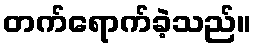
တက်ရောက်ခဲ့သည်။